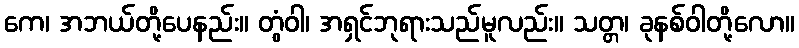
ကေ၊ အဘယ်တို့ပေနည်း။ တွံဝါ၊ အရှင်ဘုရားသည်မူလည်း။ သတ္တ၊ ခုနစ်ဝါတို့လော။